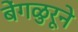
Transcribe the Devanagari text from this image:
बेंगळुरूने